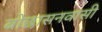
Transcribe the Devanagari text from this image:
बोछासनवासी